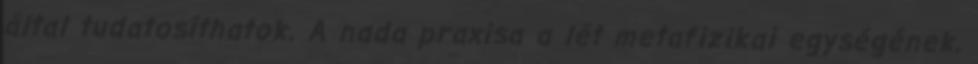
által tudatosíthatok. A nada praxisa a lét metafizikai egységének,